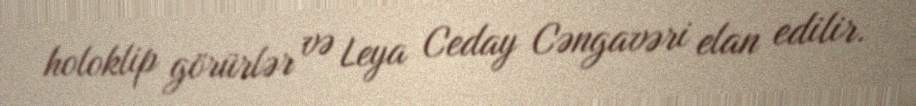
holoklip görürlər və Leya Ceday Cəngavəri elan edilir.